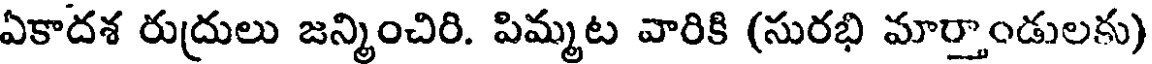
ఏకాదశ రుద్రులు జన్మించిరి. పిమ్మట వారికి (సురభి మార్తాండులకు)